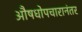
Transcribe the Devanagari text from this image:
औषधोपचारानंतर